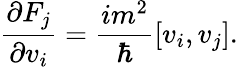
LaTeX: \frac{\partial F_{j}}{\partial v_{i}}=\frac{im^{2}}{\hbar}[v_{i},v_{j}].